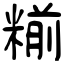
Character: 糋